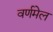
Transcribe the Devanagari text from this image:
वर्णमेल